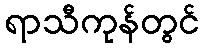
ရာသီကုန်တွင်